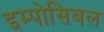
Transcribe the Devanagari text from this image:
इम्पोसिबल